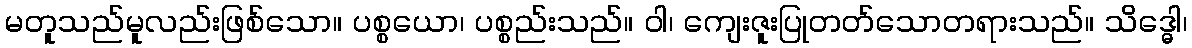
မတူသည်မူလည်းဖြစ်သော။ ပစ္စယော၊ ပစ္စည်းသည်။ ဝါ၊ ကျေးဇူးပြုတတ်သောတရားသည်။ သိဒ္ဓေါ၊